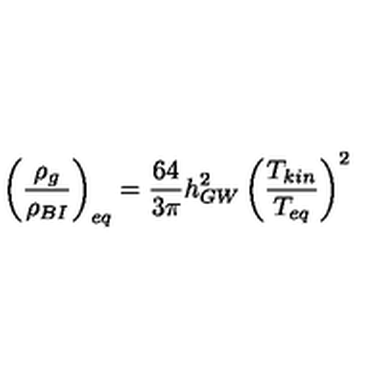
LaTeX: \left( { \frac { \rho _ { g } } { \rho _ { B I } } } \right) _ { e q } = { \frac { 6 4 } { 3 \pi } } h _ { G W } ^ { 2 } \left( { \frac { T _ { k i n } } { T _ { e q } } } \right) ^ { 2 }